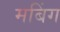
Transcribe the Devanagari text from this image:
मबिंग